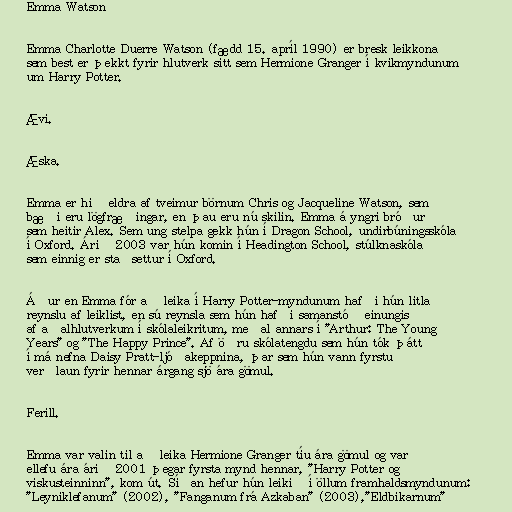
Emma Watson

Emma Charlotte Duerre Watson (fædd 15. apríl 1990) er bresk leikkona
sem best er þekkt fyrir hlutverk sitt sem Hermione Granger í kvikmyndunum
um Harry Potter.

Ævi.

Æska.

Emma er hið eldra af tveimur börnum Chris og Jacqueline Watson, sem
bæði eru lögfræðingar, en þau eru nú skilin. Emma á yngri bróður
sem heitir Alex. Sem ung stelpa gekk hún í Dragon School, undirbúningsskóla
í Oxford. Árið 2003 var hún komin í Headington School, stúlknaskóla
sem einnig er staðsettur í Oxford.

Áður en Emma fór að leika í Harry Potter-myndunum hafði hún litla
reynslu af leiklist, en sú reynsla sem hún hafði samanstóð einungis
af aðalhlutverkum í skólaleikritum, meðal annars í "Arthur: The Young
Years" og "The Happy Prince". Af öðru skólatengdu sem hún tók þátt
í má nefna Daisy Pratt-ljóðakeppnina, þar sem hún vann fyrstu
verðlaun fyrir hennar árgang sjö ára gömul.

Ferill.

Emma var valin til að leika Hermione Granger tíu ára gömul og var
ellefu ára árið 2001 þegar fyrsta mynd hennar, "Harry Potter og
viskusteinninn", kom út. Síðan hefur hún leikið í öllum framhaldsmyndunum:
"Leyniklefanum" (2002), "Fanganum frá Azkaban" (2003),"Eldbikarnum"